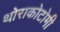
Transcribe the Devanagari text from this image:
थोराकोटोमी